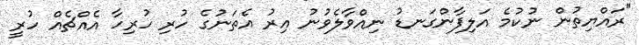
"ރައްޔިތުން ނުކުމެ އަލިފާންގަނޑު ނިއްވާލެވުނު އިރު އެތަނުގެ ހުރި ހުރިހާ އެއްޗެއް ހުރީ